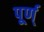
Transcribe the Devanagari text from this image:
पूर्ण्